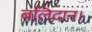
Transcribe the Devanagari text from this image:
बलिदान।